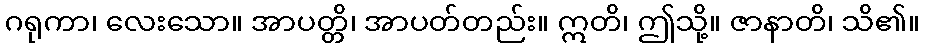
ဂရုကာ၊ လေးသော။ အာပတ္တိ၊ အာပတ်တည်း။ ဣတိ၊ ဤသို့။ ဇာနာတိ၊ သိ၏။